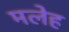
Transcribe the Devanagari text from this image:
मलेह